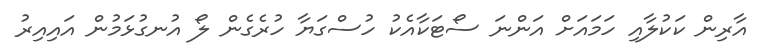
އާރިން ކަކުލާއި ހަމައަށް އަންނަ ސޯޓަކާއެކު ހުސްގަޔާ ހުރެގެން ލޯ އުނގުޅަމުން އައިއިރު